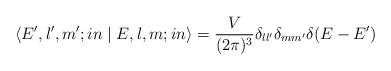
LaTeX: \begin{align*}\left\langle {{E',l',m';in}} \mathrel{\left | {\vphantom {{E',l',m';in}{E,l,m}}} \right. \kern-\nulldelimiterspace} {{E,l,m;in}} \right\rangle={V\over {(2\pi )^3}}\delta _{ll'}\delta _{mm'}\delta (E-E')\end{align*}